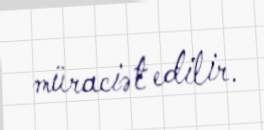
müraciət edilir.